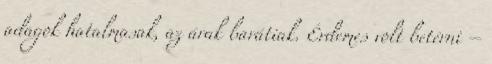
adagok hatalmasak, az árak barátiak. Érdemes volt betérni –